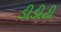
ડીડીટી